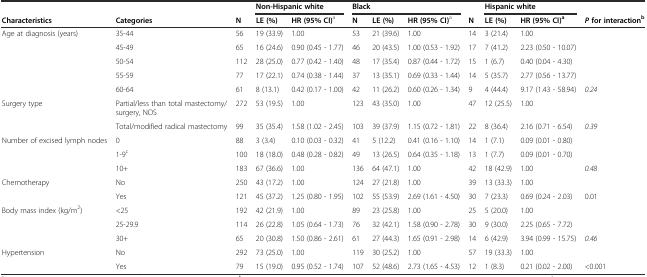
<table><thead><tr><td></td><td></td><td></td><td colspan="2"><b>Non-Hispanic white</b></td><td colspan="3"><b>Black</b></td><td></td><td colspan="2"><b>Hispanic white</b></td><td></td></tr><tr><td><b>Characteristics</b></td><td><b>Categories</b></td><td><b>N</b></td><td><b>LE (%)</b></td><td><b>HR (95% CI)<sup>a</sup></b></td><td><b>N</b></td><td><b>LE (%)</b></td><td><b>HR (95% CI)<sup>a</sup></b></td><td><b>N</b></td><td><b>LE (%)</b></td><td><b>HR (95% CI)<sup>a</sup></b></td><td><b><i>P</i>for interaction<sup>b</sup></b></td></tr></thead><tbody><tr><td rowspan="5">Age at diagnosis (years)</td><td>35-44</td><td>56</td><td>19 (33.9)</td><td>1.00</td><td>53</td><td>21 (39.6)</td><td>1.00</td><td>14</td><td>3 (21.4)</td><td>1.00</td><td></td></tr><tr><td>45-49</td><td>65</td><td>16 (24.6)</td><td>0.90 (0.45 - 1.77)</td><td>46</td><td>20 (43.5)</td><td>1.00 (0.53 - 1.92)</td><td>17</td><td>7 (41.2)</td><td>2.23 (0.50 - 10.07)</td><td></td></tr><tr><td>50-54</td><td>112</td><td>28 (25.0)</td><td>0.77 (0.42 - 1.40)</td><td>48</td><td>17 (35.4)</td><td>0.87 (0.44 - 1.72)</td><td>15</td><td>1 (6.7)</td><td>0.40 (0.04 - 4.30)</td><td></td></tr><tr><td>55-59</td><td>77</td><td>17 (22.1)</td><td>0.74 (0.38 - 1.44)</td><td>37</td><td>13 (35.1)</td><td>0.69 (0.33 - 1.44)</td><td>14</td><td>5 (35.7)</td><td>2.77 (0.56 - 13.77)</td><td></td></tr><tr><td>60-64</td><td>61</td><td>8 (13.1)</td><td>0.42 (0.17 - 1.00)</td><td>42</td><td>11 (26.2)</td><td>0.60 (0.26 - 1.34)</td><td>9</td><td>4 (44.4)</td><td>9.17 (1.43 - 58.94)</td><td><i>0.24</i></td></tr><tr><td rowspan="2">Surgery type</td><td>Partial/less than total mastectomy/surgery, NOS</td><td>272</td><td>53 (19.5)</td><td>1.00</td><td>123</td><td>43 (35.0)</td><td>1.00</td><td>47</td><td>12 (25.5)</td><td>1.00</td><td></td></tr><tr><td>Total/modified radical mastectomy</td><td>99</td><td>35 (35.4)</td><td>1.58 (1.02 - 2.45)</td><td>103</td><td>39 (37.9)</td><td>1.15 (0.72 - 1.81)</td><td>22</td><td>8 (36.4)</td><td>2.16 (0.71 - 6.54)</td><td><i>0.39</i></td></tr><tr><td rowspan="3">Number of excised lymph nodes</td><td>0</td><td>88</td><td>3 (3.4)</td><td>0.10 (0.03 - 0.32)</td><td>41</td><td>5 (12.2)</td><td>0.41 (0.16 - 1.10)</td><td>14</td><td>1 (7.1)</td><td>0.09 (0.01 - 0.80)</td><td></td></tr><tr><td>1-9<sup>c</sup></td><td>100</td><td>18 (18.0)</td><td>0.48 (0.28 - 0.82)</td><td>49</td><td>13 (26.5)</td><td>0.64 (0.35 - 1.18)</td><td>13</td><td>1 (7.7)</td><td>0.09 (0.01 - 0.70)</td><td></td></tr><tr><td>10+</td><td>183</td><td>67 (36.6)</td><td>1.00</td><td>136</td><td>64 (47.1)</td><td>1.00</td><td>42</td><td>18 (42.9)</td><td>1.00</td><td><i>0.48</i></td></tr><tr><td rowspan="2">Chemotherapy</td><td>No</td><td>250</td><td>43 (17.2)</td><td>1.00</td><td>124</td><td>27 (21.8)</td><td>1.00</td><td>39</td><td>13 (33.3)</td><td>1.00</td><td></td></tr><tr><td>Yes</td><td>121</td><td>45 (37.2)</td><td>1.25 (0.80 - 1.95)</td><td>102</td><td>55 (53.9)</td><td>2.69 (1.61 - 4.50)</td><td>30</td><td>7 (23.3)</td><td>0.69 (0.24 - 2.03)</td><td>0.01</td></tr><tr><td rowspan="3">Body mass index (kg/m<sup>2</sup>)</td><td>&lt;25</td><td>192</td><td>42 (21.9)</td><td>1.00</td><td>89</td><td>23 (25.8)</td><td>1.00</td><td>25</td><td>5 (20.0)</td><td>1.00</td><td></td></tr><tr><td>25-29.9</td><td>114</td><td>26 (22.8)</td><td>1.05 (0.64 - 1.73)</td><td>76</td><td>32 (42.1)</td><td>1.58 (0.90 - 2.78)</td><td>30</td><td>9 (30.0)</td><td>2.25 (0.65 - 7.72)</td><td></td></tr><tr><td>30+</td><td>65</td><td>20 (30.8)</td><td>1.50 (0.86 - 2.61)</td><td>61</td><td>27 (44.3)</td><td>1.65 (0.91 - 2.98)</td><td>14</td><td>6 (42.9)</td><td>3.94 (0.99 - 15.75)</td><td><i>0.46</i></td></tr><tr><td rowspan="2">Hypertension</td><td>No</td><td>292</td><td>73 (25.0)</td><td>1.00</td><td>119</td><td>30 (25.2)</td><td>1.00</td><td>57</td><td>19 (33.3)</td><td>1.00</td><td></td></tr><tr><td>Yes</td><td>79</td><td>15 (19.0)</td><td>0.95 (0.52 - 1.74)</td><td>107</td><td>52 (48.6)</td><td>2.73 (1.65 - 4.53)</td><td>12</td><td>1 (8.3)</td><td>0.21 (0.02 - 2.00)</td><td>&lt;0.001</td></tr></tbody></table>